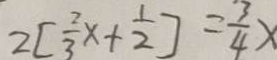
2 [ \frac { 2 } { 3 } x + \frac { 1 } { 2 } ] = \frac { 3 } { 4 } x